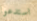
استدعوا